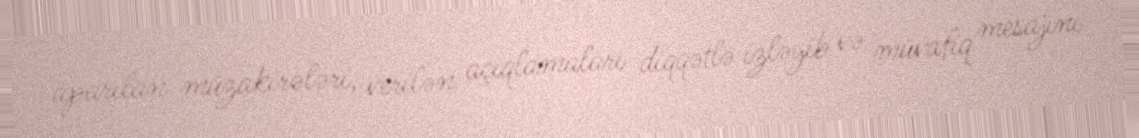
aparılan müzakirələri, verilən açıqlamaları diqqətlə izləyib və müvafiq mesajını